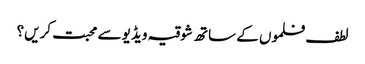
لطف فلموں کے ساتھ شوقیہ ویڈیو سے محبت کریں؟